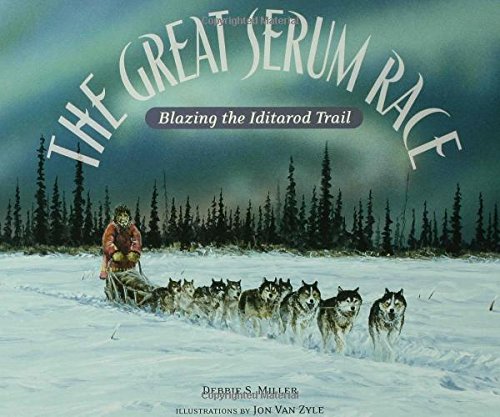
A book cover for The Great Serum Race: Blazing the Iditarod Trail; Debbie S. Miller; Sports & Outdoors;